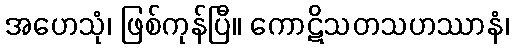
အဟေသုံ၊ ဖြစ်ကုန်ပြီ။ ကောဋိသတသဟဿာနံ၊